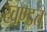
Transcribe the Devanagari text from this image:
खण्डत